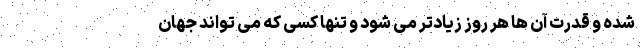
شده و قدرت آن ها هر روز زیادتر می شود و تنها کسی که می تواند جهان